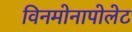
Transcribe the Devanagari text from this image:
विनमोनापोलेट